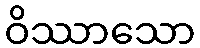
ဝိဿာသော